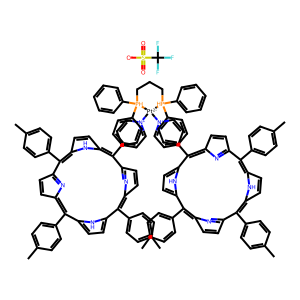
SMILES: Cc1ccc(-c2c3ccc(n3)c(-c3ccc(C)cc3)c3ccc([nH]3)c(-c3cc[n+]([Pt-2]4([n+]5ccc(-c6c7ccc(n7)c(-c7ccc(C)cc7)c7ccc([nH]7)c(-c7ccc(C)cc7)c7ccc(n7)c(-c7ccc(C)cc7)c7ccc6[nH]7)cc5)[PH](c5ccccc5)(c5ccccc5)CCC[PH]4(c4ccccc4)c4ccccc4)cc3)c3ccc(n3)c(-c3ccc(C)cc3)c3ccc2[nH]3)cc1.O=S(=O)([O-])C(F)(F)F
Inhibits HIV replication: No